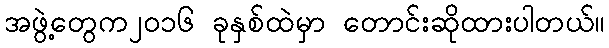
အဖွဲ့တွေက၂၀၁၆ ခုနှစ်ထဲမှာ တောင်းဆိုထားပါတယ်။